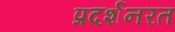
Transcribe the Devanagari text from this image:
प्रदर्शनरत